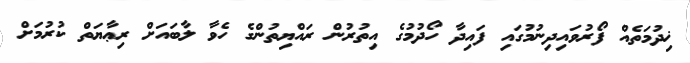
ޚިދުމަތެއް ފޯރުވައިދިނުމުގައި ފައިދާ ހޯދުމުގެ އިތުރުން ރައްޔިތުންގެ ހެވާ ލާބައަށް ރިޢާޔަތް ކުރުމަށް